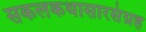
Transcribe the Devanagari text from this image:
सकलकथासारसंग्रह